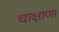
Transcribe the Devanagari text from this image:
चाक्षाणां